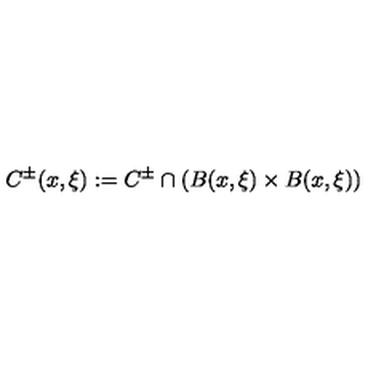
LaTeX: C ^ { \pm } ( x , \xi ) : = C ^ { \pm } \cap ( B ( x , \xi ) \times B ( x , \xi ) )